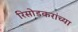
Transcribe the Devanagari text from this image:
रिसोडकरांच्या